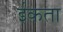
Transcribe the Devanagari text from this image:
ईकता